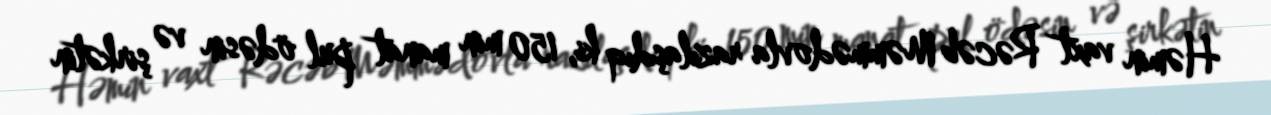
Həmin vaxt Rəcəb Məmmədovla razılaşdıq ki, 150 min manat pul ödəsin və şirkətin